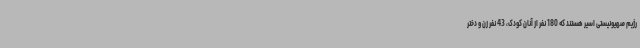
رژیم صهیونیستی اسیر هستند که 180 نفر از آنان کودک، 43 نفر زن و دختر